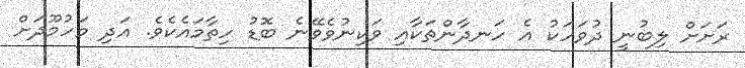
ރަށަށް ލިބުނީ ދުވަހަކު އެ ހަނދާންތަކާއި ވަކިނުވެވޭނެ ބޮޑު ހިތާމައެކެވެ. އަދި މަހުމޫދަށް